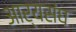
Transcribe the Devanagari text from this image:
आर्यसंघ